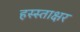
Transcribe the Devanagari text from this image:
हस्स्ताक्षर